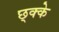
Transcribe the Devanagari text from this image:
छ्क्के